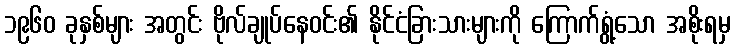
၁၉၆၀ ခုနှစ်များ အတွင်း ဗိုလ်ချုပ်နေဝင်း၏ နိုင်ငံခြားသားများကို ကြောက်ရွံ့သော အစိုးရမှ